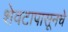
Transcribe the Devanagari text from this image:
शेवटापासूनचे